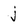
Character: j